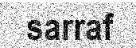
sarraf